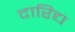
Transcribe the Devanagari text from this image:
दारिद्य